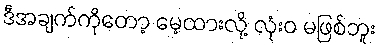
ဒီအချက်ကိုတော့ မေ့ထားလို့ လုံးဝ မဖြစ်ဘူး